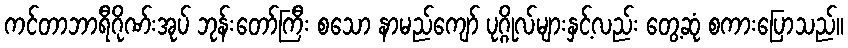
ကင်တာဘာရီဂိုဏ်းအုပ် ဘုန်းတော်ကြီး စသော နာမည်ကျော် ပုဂ္ဂိုလ်များနှင့်လည်း တွေ့ဆုံ စကားပြောသည်။